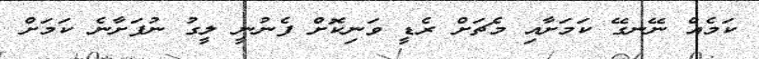
ކަމެއް ނޭނގޭ ކަމަށާއި މެޗަށް ރެޑީ ވަނިކޮށް ފެނުނީ ލީގު ނުފަށާނެ ކަމަށް